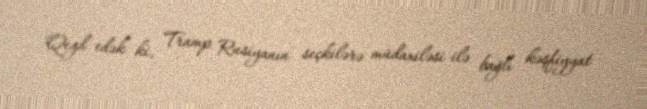
Qeyd edək ki, Tramp Rusiyanın seçkilərə müdaxiləsi ilə bağlı kəşfiyyat